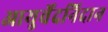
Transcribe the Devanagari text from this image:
आयुर्वेदनिदान